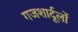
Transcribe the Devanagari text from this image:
गजशार्दूलों